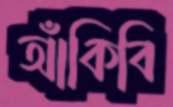
আঁকিবি